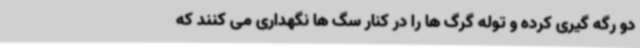
دو رگه گیری کرده و توله گرگ ها را در کنار سگ ها نگهداری می کنند که